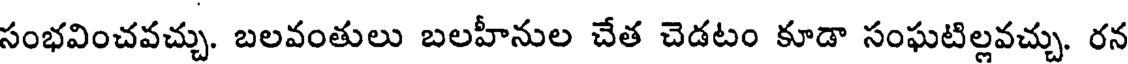
సంభవించవచ్చు. బలవంతులు బలహీనుల చేత చెడటం కూడా సంఘటిల్లవచ్చు. రన